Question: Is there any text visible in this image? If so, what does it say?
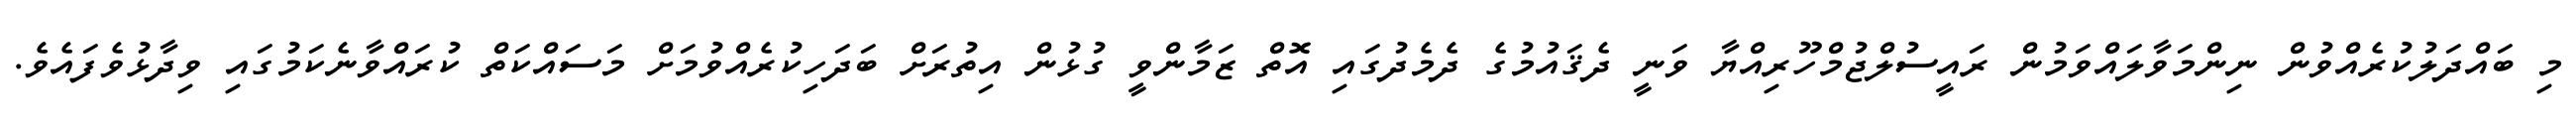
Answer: މި ބައްދަލުކުރެއްވުން ނިންމަވާލައްވަމުން ރައީސުލްޖުމްހޫރިއްޔާ ވަނީ ދެޤައުމުގެ ދެމެދުގައި އޮތް ޒަމާންވީ ގުޅުން އިތުރަށް ބަދަހިކުރެއްވުމަށް މަސައްކަތް ކުރައްވާނެކަމުގައި ވިދާޅުވެފައެވެ.